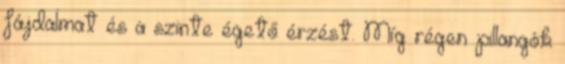
fájdalmat és a szinte égető érzést. Míg régen pillangók